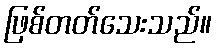
ဖြစ်တတ်သေးသည်။